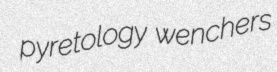
pyretology wenchers